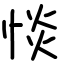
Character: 惔